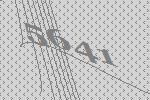
5641